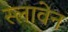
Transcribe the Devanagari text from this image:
स्लावेन